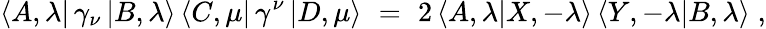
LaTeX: \langle A,\lambda|\, \gamma_{\nu}\, |B,\lambda\rangle\, \langle C,\mu|\, \gamma^{\nu}\, |D,\mu\rangle\, \, =\, \, 2\, \langle A,\lambda|X,-\lambda\rangle\, \langle Y,-\lambda|B,\lambda\rangle\; ,